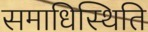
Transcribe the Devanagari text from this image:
समाधिस्थिति